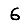
Digit: 6